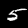
Label: 5